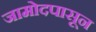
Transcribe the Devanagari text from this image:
जामोदपासून